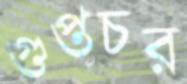
গুপ্তচর